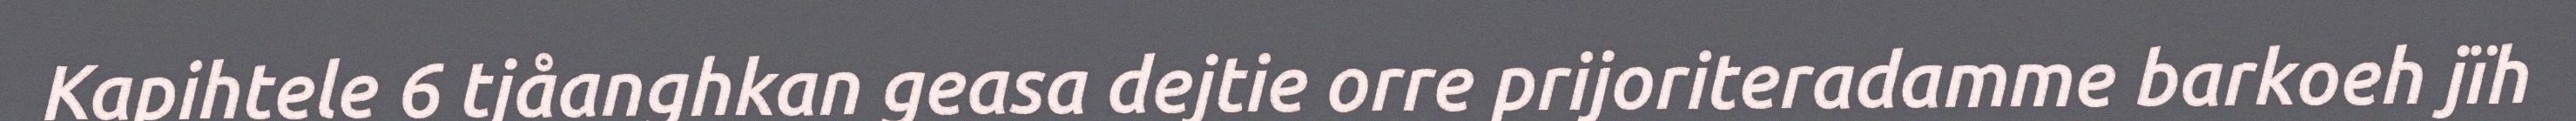
Kapihtele 6 tjåanghkan geasa dejtie orre prijoriteradamme barkoeh jïh